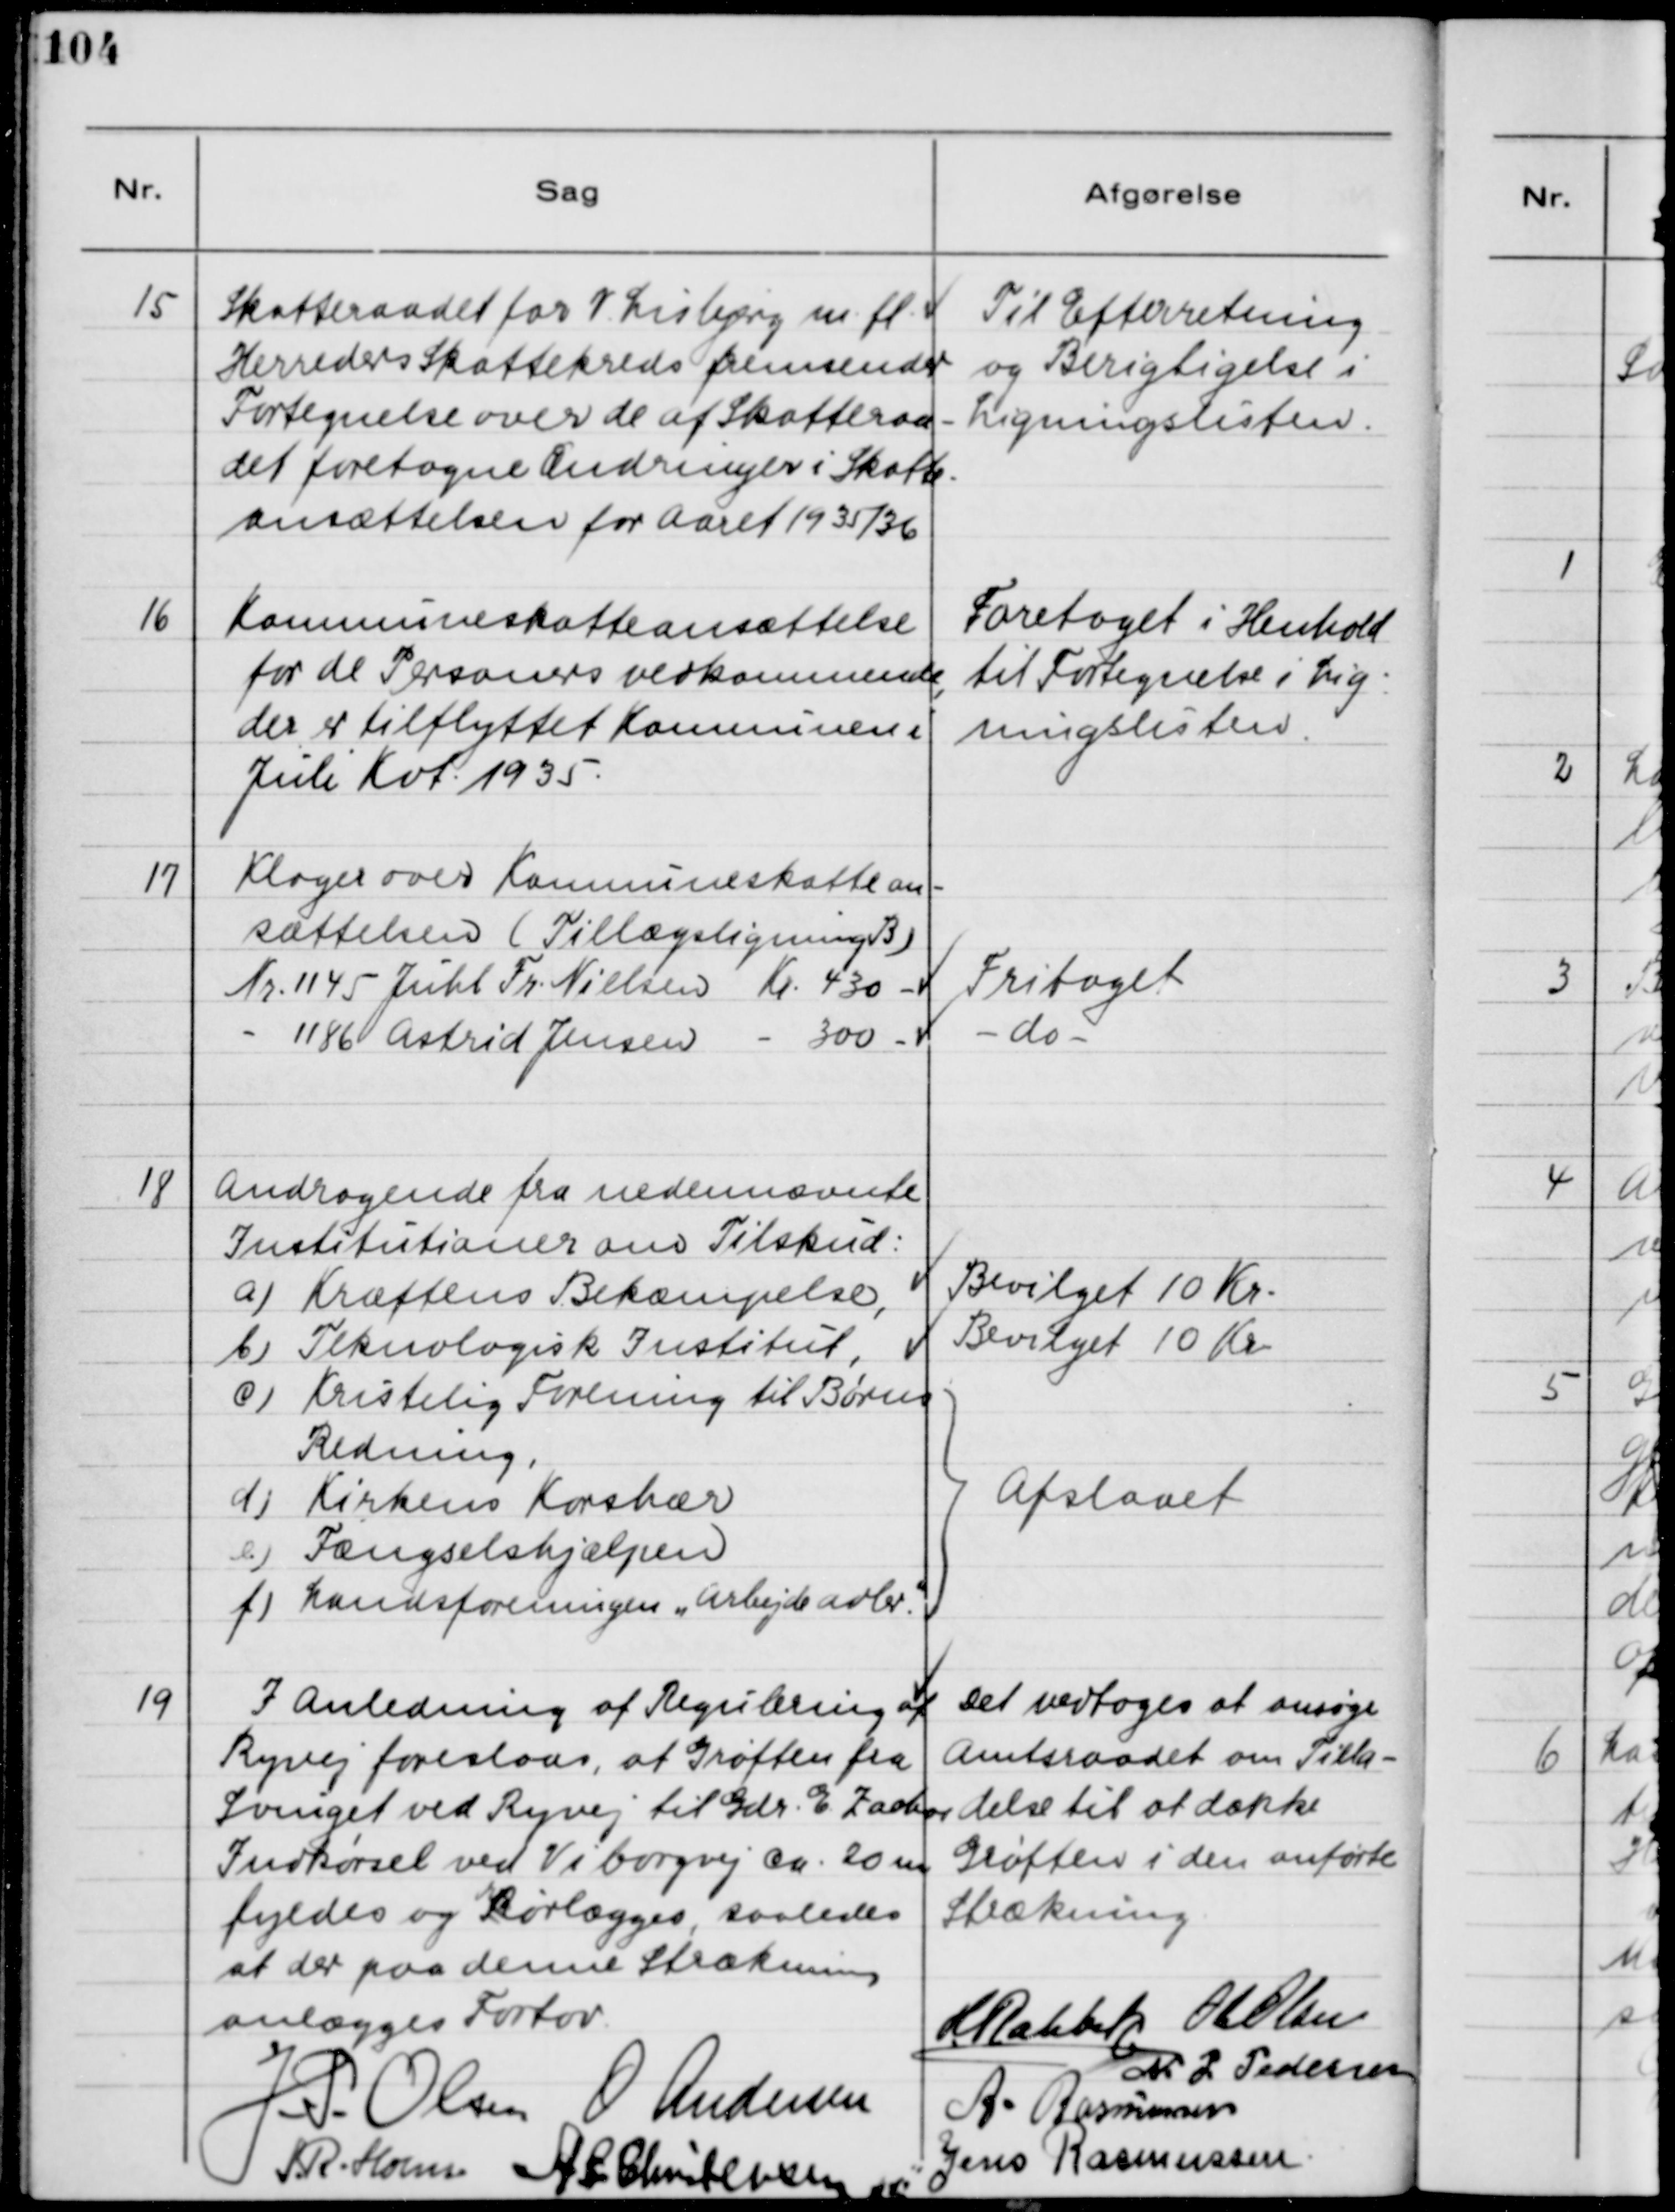
Transskription:
15
Skatteraadet for V. Lisbjerg m.fl.
Herreders Skattekreds fremsender
Fortegnelse over de af Skatteraa-
det foretagne Ændringer i Skatte-
ansættelsen for Aaret 1935/36
Til Efterretning
og Berigtigelse i
Ligningslisten.
16
Kommuneskatteansættelse
for de Personers vedkommende,
der er tilflyttet Kommunen i
Juli Kot. 1935.
Foretaget i Henhold
til Fortegnelse i Lig-
ningslisten.
17
Klager over Kommueskattean-
sættelsen (Tillægsligning B)
Nr. 1145 Juhl Fr. Nielsen Kr. 430 -
- 1186 Astrid Jensen - 300 -
Fritages
- do -
18
Andragende fra nedennævnte
Institationer om Tilskud:
a) Kræftens Bekæmpelse,
Bevilget 10 Kr.
b) Teknologisk Institut,
Bevilget 10 Kr,
c) Kristelig Forening til Børns
Redning,
d) Kirkens Korshær
e) Fængselshjælpen
f) Landsforeningen "Arbejbeadler".
Afslaaet
19
I Anledning af Regulerirg af
Ryvej foreslaas, at Grøften fra
Svinget ved Ryvej til Gdr. E. Zacbos
Indkørsel ved Viborgvej ca. 20 m.
fyldes og ørlægges, saaledes
at der paa denne Strækning
anlægges Fortov.
Det vedtoges at ansøge
Amtsraadet om Tilla-
delse til at dække
Grøften i den anførte
Strækning.
H. Rahbek
Ole Olsen
M. J. Pedersen
J. P. Olsen
O. Andersen
A. Rasmussen
J. R. Holm
A. C. Christensen
Jens Rasmussen